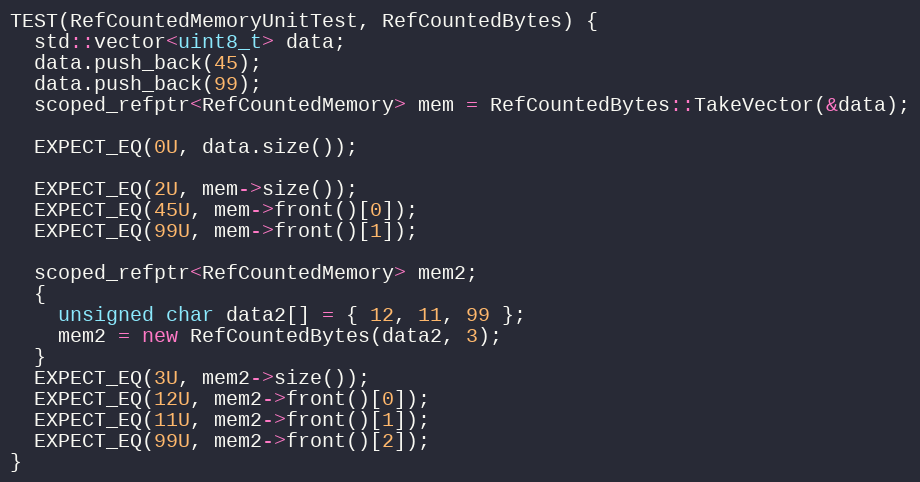
Language: C++
TEST(RefCountedMemoryUnitTest, RefCountedBytes) {
  std::vector<uint8_t> data;
  data.push_back(45);
  data.push_back(99);
  scoped_refptr<RefCountedMemory> mem = RefCountedBytes::TakeVector(&data);

  EXPECT_EQ(0U, data.size());

  EXPECT_EQ(2U, mem->size());
  EXPECT_EQ(45U, mem->front()[0]);
  EXPECT_EQ(99U, mem->front()[1]);

  scoped_refptr<RefCountedMemory> mem2;
  {
    unsigned char data2[] = { 12, 11, 99 };
    mem2 = new RefCountedBytes(data2, 3);
  }
  EXPECT_EQ(3U, mem2->size());
  EXPECT_EQ(12U, mem2->front()[0]);
  EXPECT_EQ(11U, mem2->front()[1]);
  EXPECT_EQ(99U, mem2->front()[2]);
}